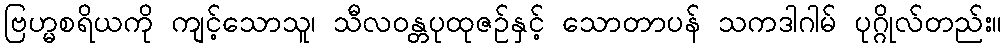
ဗြဟ္မစရိယကို ကျင့်သောသူ၊ သီလဝန္တပုထုဇဉ်နှင့် သောတာပန် သကဒါဂါမ် ပုဂ္ဂိုလ်တည်း။